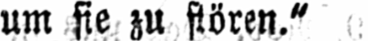
um sie zu stören.“